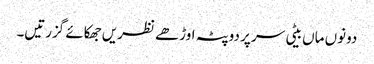
دونوں ماں بیٹی سر پر دوپٹہ اوڑھے نظریں جھکائے گزرتیں۔